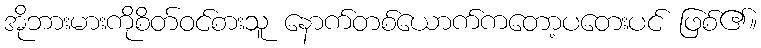
အိုဘားမားကိုစိတ်ဝင်စားသူ နောက်တစ်ယောက်ကတော့ပတေးပင် ဖြစ်၏။